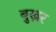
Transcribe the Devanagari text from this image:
बुख्नर